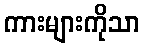
ကားများကိုသာ